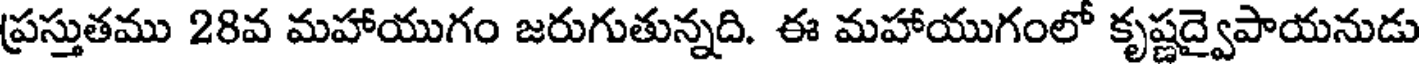
ప్రస్తుతము 28వ మహాయుగం జరుగుతున్నది. ఈ మహాయుగంలో కృష్ణద్వైపాయనుడు